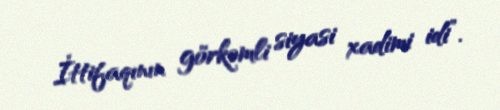
İttifaqının görkəmli siyasi xadimi idi”.